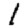
Digit: 1